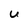
Character: U